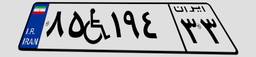
۸۵W۱۹۴۳۳